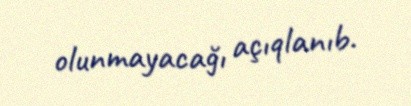
olunmayacağı açıqlanıb.